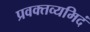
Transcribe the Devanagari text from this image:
प्रवक्तव्यमिदं